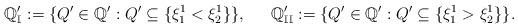
LaTeX: \begin{align*} \mathbb{Q}'_{\mathbb{I}}:=\{Q'\in\mathbb{Q}': Q'\subseteq\{\xi^{1}_{1}<\xi^{1}_{2}\}\}, \,\,\,\,\,\,\,\,\, \mathbb{Q}'_{\mathbb{II}}:=\{Q'\in\mathbb{Q}': Q'\subseteq\{\xi^{1}_{1}>\xi^{1}_{2}\}\}.\end{align*}